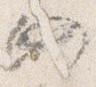
仍